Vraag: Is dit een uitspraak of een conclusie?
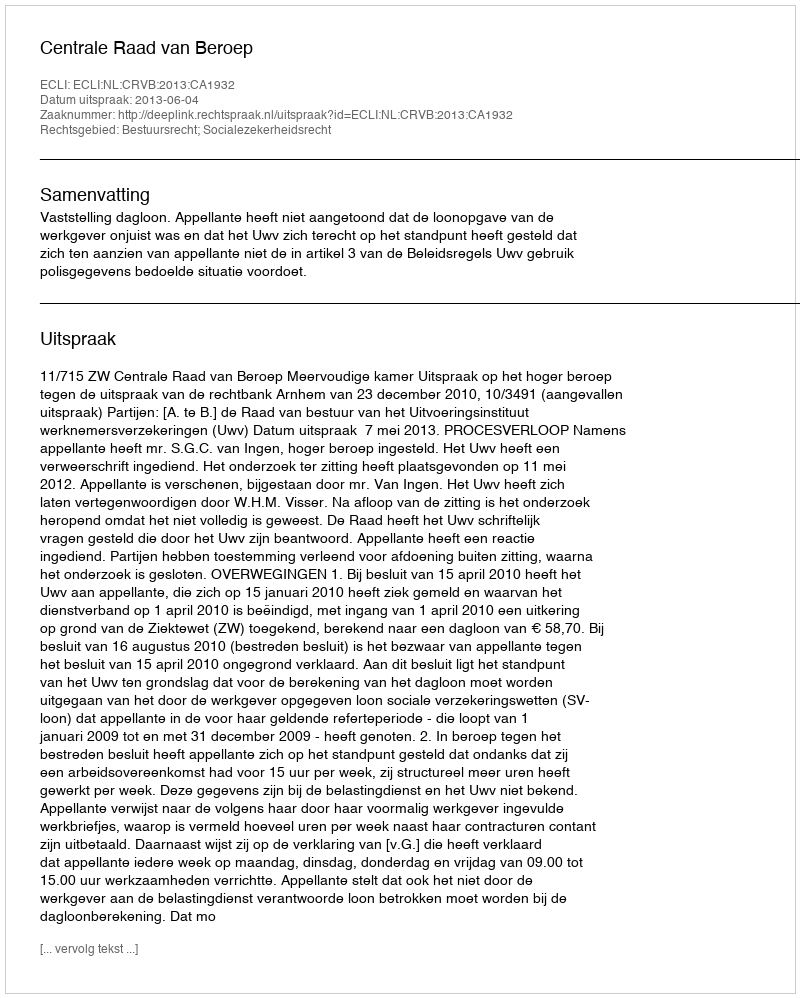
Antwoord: Uitspraak